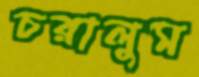
চরালুম